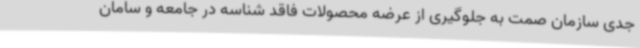
جدی سازمان صمت به جلوگیری از عرضه محصولات فاقد شناسه در جامعه و سامان